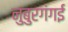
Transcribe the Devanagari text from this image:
नुबुरगंगई